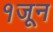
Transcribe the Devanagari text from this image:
१जून